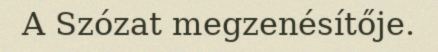
A Szózat megzenésítője.